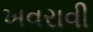
ખવરાવી